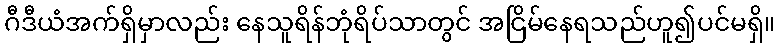
ဂီဒီယံအက်ရှိမှာလည်း နေသူရိန်ဘုံရိပ်သာတွင် အငြိမ်နေရသည်ဟူ၍ပင်မရှိ။